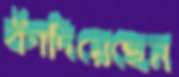
কাঁদিয়েছেন